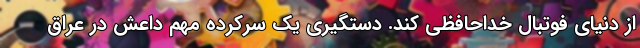
از دنیای فوتبال خداحافظی کند. دستگیری یک سرکرده مهم داعش در عراق